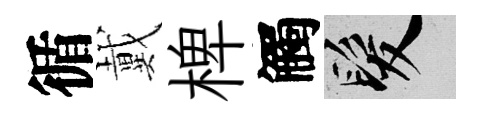
循戴椑觸髮